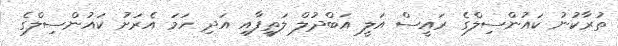
ތުރާކުނު ކައުންސިލްގެ ރައީސް އަލީ އަބްދުލް ލަތީފާއި އަދި ހަމަ އެރަށު ކައުންސިލްގެ